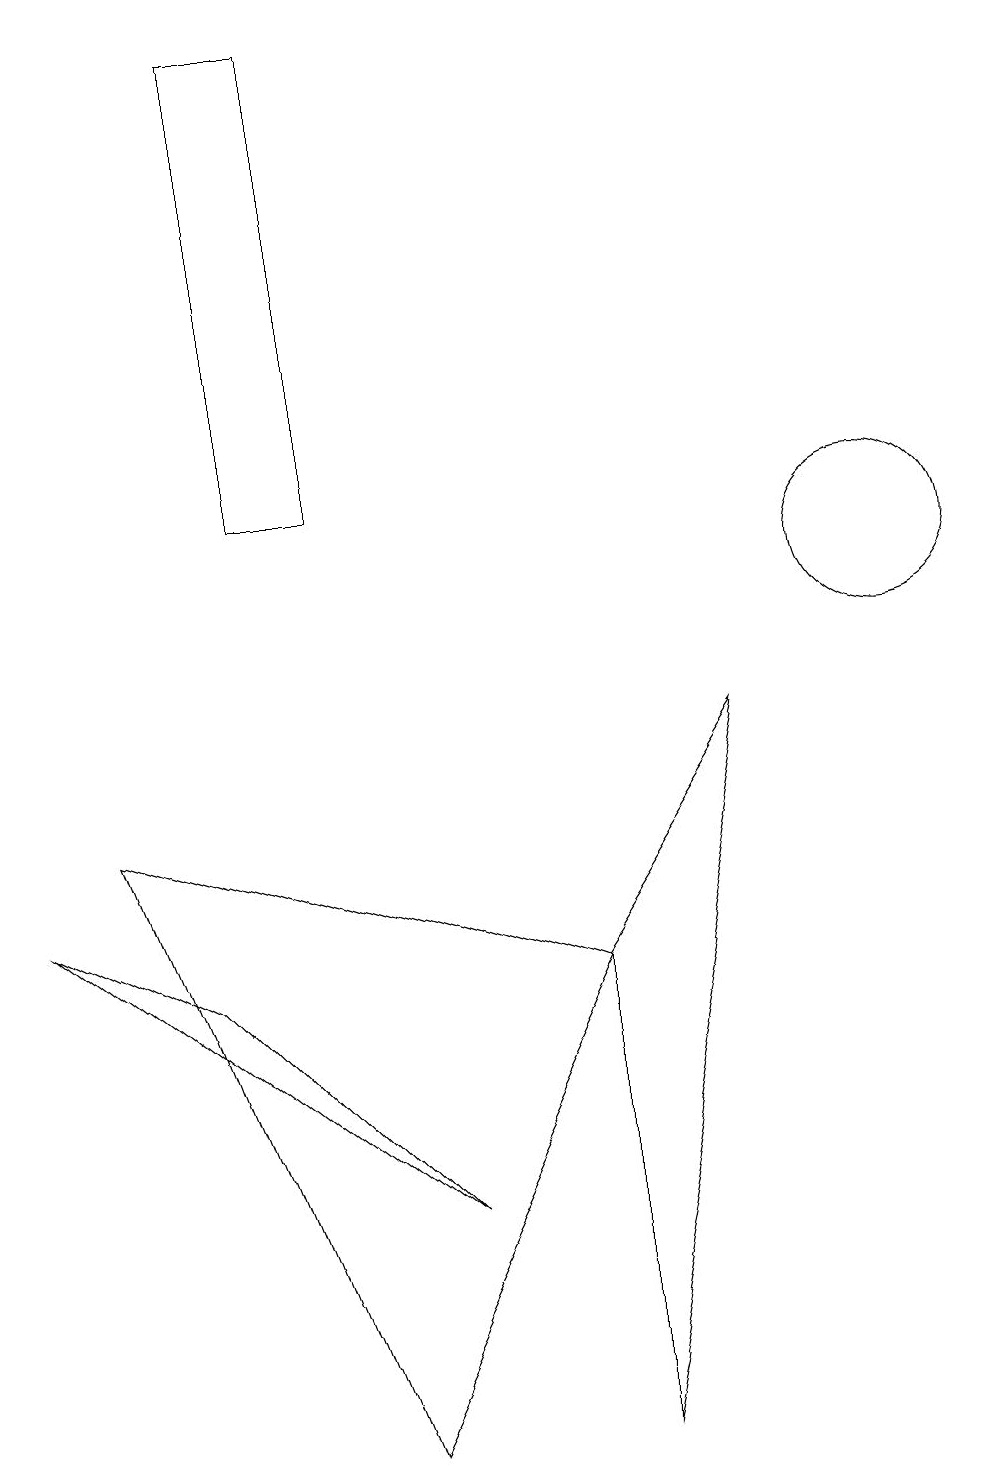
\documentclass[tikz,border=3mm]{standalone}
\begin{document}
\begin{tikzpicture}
\draw (5,3) -- (2,6) -- (0,7) -- cycle;
\draw (3,12) rectangle (4,18);
\draw (11,11) circle (1);
\draw (4,0) -- (7,6) -- (1,8) -- cycle;
\draw (7,6) -- (7,0) -- (9,9) -- cycle;
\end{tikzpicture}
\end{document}